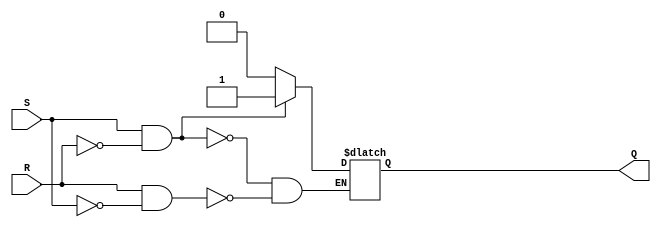
module sr_flip_flop(
    input S, // Set input
    input R, // Reset input
    output reg Q // Flip-flop output
);

always @(*)
begin
    if(S && !R) // Set
        Q <= 1;
    else if(R && !S) // Reset
        Q <= 0;
    // Undefined state when both S and R are high
end

endmodule